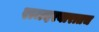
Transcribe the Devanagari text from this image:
राजदरबारातच